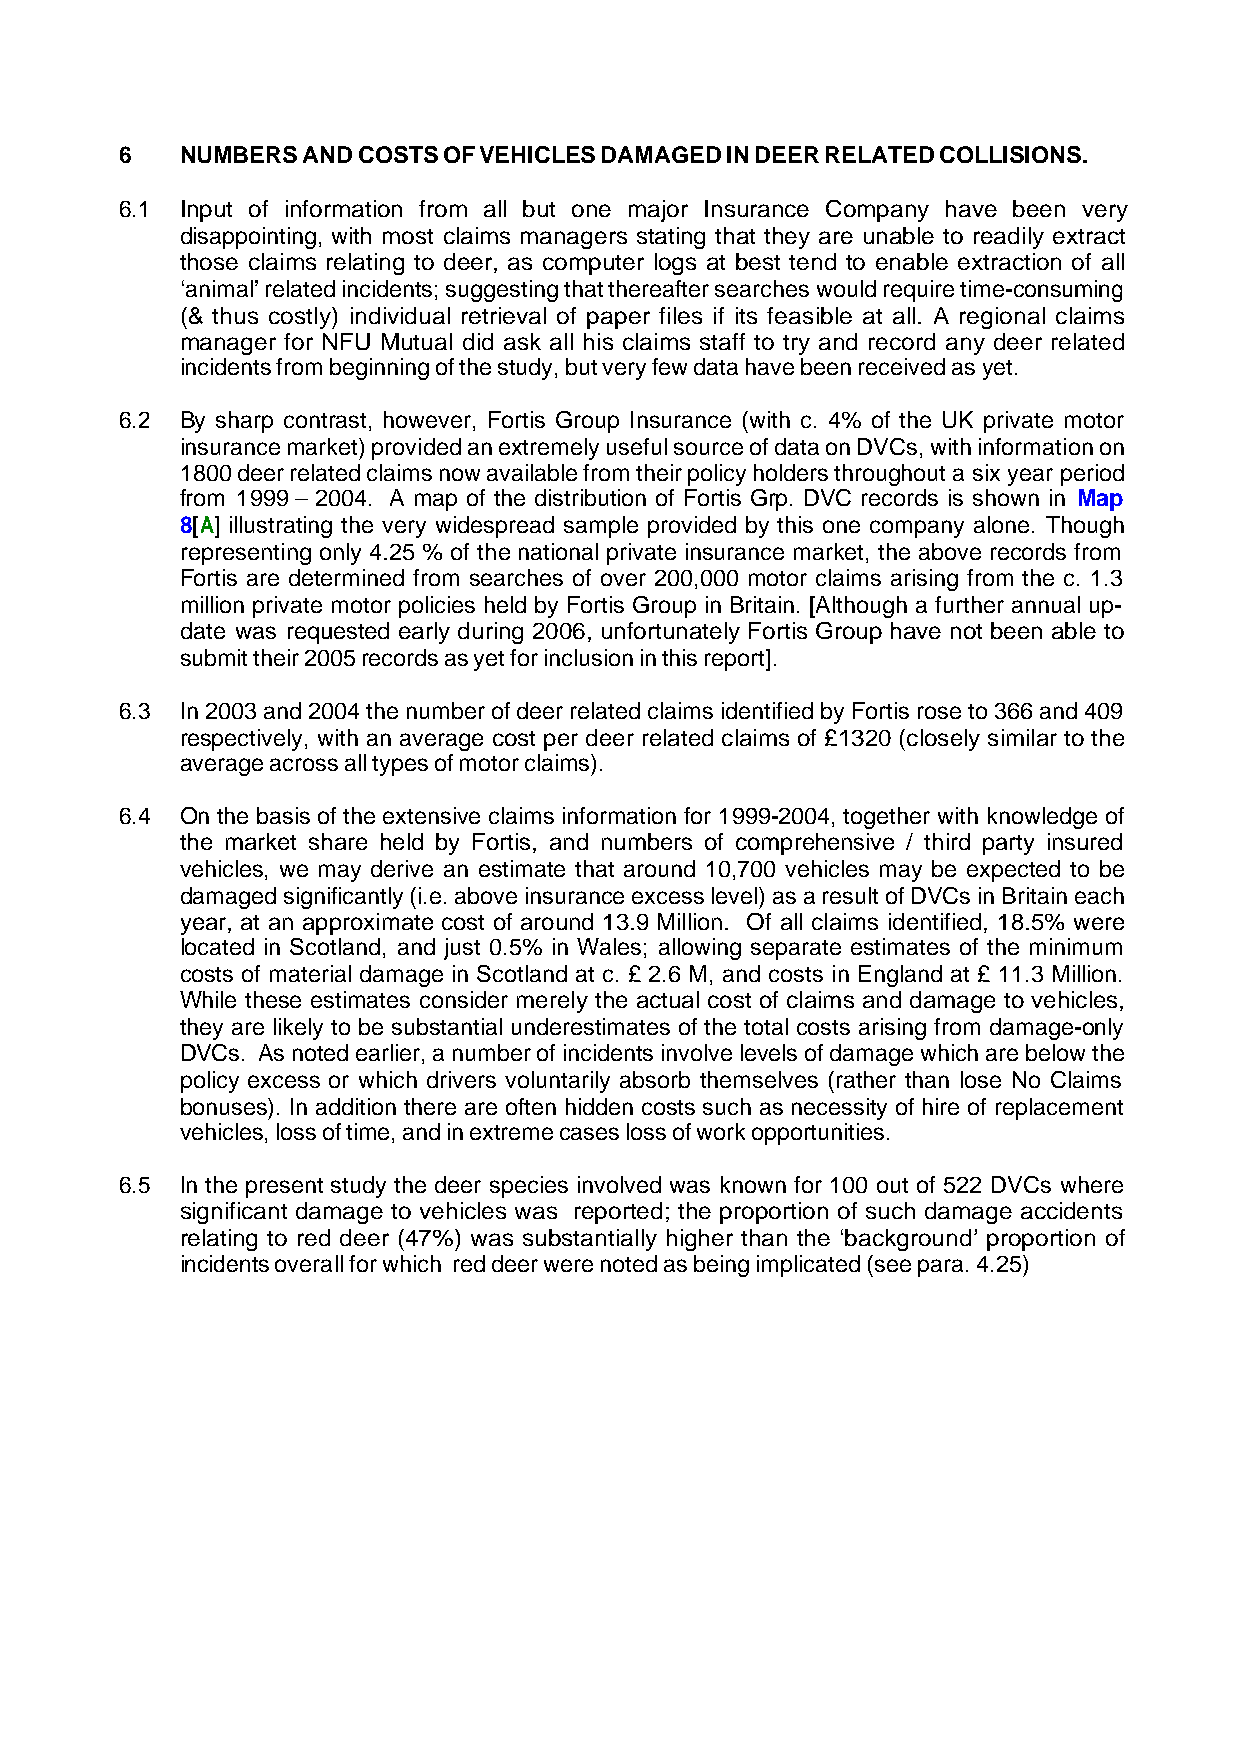
6   NUMBERS AND COSTS OF VEHICLES DAMAGED IN DEER RELATED COLLISIONS.
 6.1 Input of information from all but one major Insurance Company have been very
 disappointing, with most claims managers stating that they are unable to readily extract
 those claims relating to deer, as computer logs at best tend to enable extraction of all
 ‘animal’ related incidents; suggesting that thereafter searches would require time-consuming
 (& thus costly) individual retrieval of paper files if its feasible at all. A regional claims
 manager for NFU Mutual did ask all his claims staff to try and record any deer related
 incidents from beginning of the study, but very few data have been received as yet.
 6.2 By sharp contrast, however, Fortis Group Insurance (with c. 4% of the UK private motor
 insurance market) provided an extremely useful source of data on DVCs, with information on
 1800 deer related claims now available from their policy holders throughout a six year period
 from 1999 – 2004. A map of the distribution of Fortis Grp. DVC records is shown in Map
 8[A] illustrating the very widespread sample provided by this one company alone. Though
 representing only 4.25 % of the national private insurance market, the above records from
 Fortis are determined from searches of over 200,000 motor claims arising from the c. 1.3
 million private motor policies held by Fortis Group in Britain. [Although a further annual up-
 date was requested early during 2006, unfortunately Fortis Group have not been able to
 submit their 2005 records as yet for inclusion in this report].
 6.3 In 2003 and 2004 the number of deer related claims identified by Fortis rose to 366 and 409
 respectively, with an average cost per deer related claims of £1320 (closely similar to the
 average across all types of motor claims).
 6.4 On the basis of the extensive claims information for 1999-2004, together with knowledge of
 the market share held by Fortis, and numbers of comprehensive / third party insured
 vehicles, we may derive an estimate that around 10,700 vehicles may be expected to be
 damaged significantly (i.e. above insurance excess level) as a result of DVCs in Britain each
 year, at an approximate cost of around 13.9 Million. Of all claims identified, 18.5% were
 located in Scotland, and just 0.5% in Wales; allowing separate estimates of the minimum
 costs of material damage in Scotland at c. £ 2.6 M, and costs in England at £ 11.3 Million.
 While these estimates consider merely the actual cost of claims and damage to vehicles,
 they are likely to be substantial underestimates of the total costs arising from damage-only
 DVCs. As noted earlier, a number of incidents involve levels of damage which are below the
 policy excess or which drivers voluntarily absorb themselves (rather than lose No Claims
 bonuses). In addition there are often hidden costs such as necessity of hire of replacement
 vehicles, loss of time, and in extreme cases loss of work opportunities.
 6.5 In the present study the deer species involved was known for 100 out of 522 DVCs where
 significant damage to vehicles was reported; the proportion of such damage accidents
 relating to red deer (47%) was substantially higher than the ‘background’ proportion of
 incidents overall for which red deer were noted as being implicated (see para. 4.25)